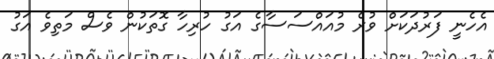
އެހެނީ ފަރުދަކަށް ވުރެ މުއައްސަސާގެ އަގު ހުރިހާ ގޮތަކުން ވެސް މަތިވެ އަގު